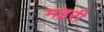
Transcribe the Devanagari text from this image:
मइरी